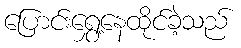
ပြောင်းရွှေ့နေထိုင်ခဲ့သည်